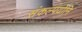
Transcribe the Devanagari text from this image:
संकल्पयोनि